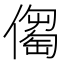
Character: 𠏈